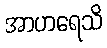
အာဟရေသိ